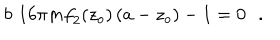
LaTeX: b \, \, 1 6 \pi m { f } _ { 2 } ( z _ { o } ) \, ( a - z _ { o } ) - 1 = 0 \, \, \, \, .